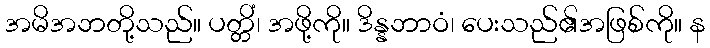
အမိအဘတို့သည်။ ပတ္တိံ၊ အဖို့ကို။ ဒိန္နဘာဝံ၊ ပေးသည်၏အဖြစ်ကို။ န